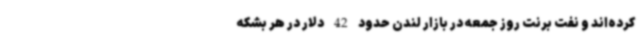
کرده‌اند و نفت برنت روز جمعه در بازار لندن حدود 42 دلار در هر بشکه